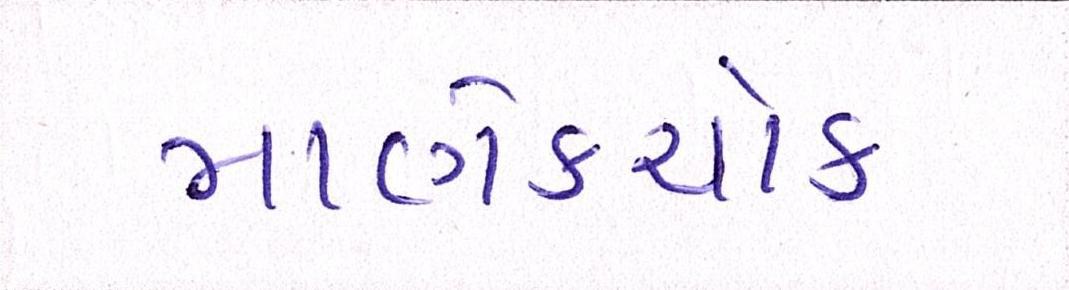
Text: માણેકચોક